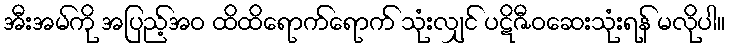
အီးအမ်ကို အပြည့်အဝ ထိထိရောက်ရောက် သုံးလျှင် ပဋိဇီဝဆေးသုံးရန် မလိုပါ။